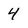
Character: 4